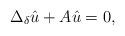
LaTeX: \begin{align*}\Delta_\delta\hat{u} + A\hat{u} = 0,\end{align*}